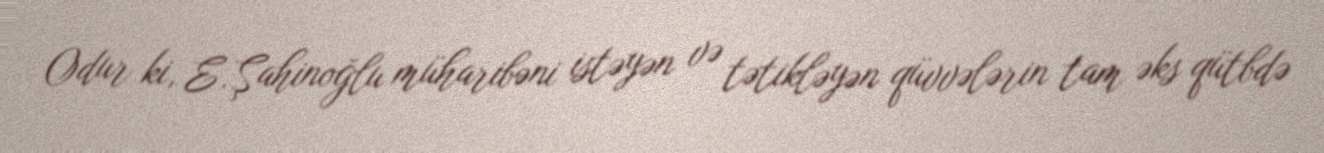
Odur ki, E.Şahinoğlu müharibəni istəyən və tətikləyən qüvvələrin tam əks qütbdə